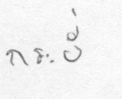
กระบี่